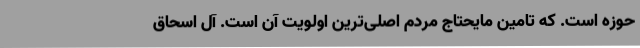
حوزه است. که تامین مایحتاج مردم اصلی‌ترین اولویت آن است. آل اسحاق